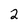
Character: 2